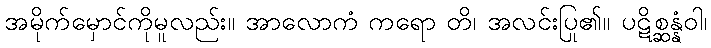
အမိုက်မှောင်ကိုမူလည်း။ အာလောကံ ကရော တိ၊ အလင်းပြု၏။ ပဋိစ္ဆန္နံဝါ၊